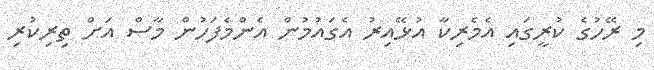
މި ރޭހުގެ ކުރީގައި އެމެރިކާ އުޅޭއިރު އެގައުމުން އެންމެފަހުން މާސް އަށް ތިރިކުރި